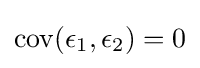
\mathrm {cov} (\epsilon _{1},\epsilon _{2})=0